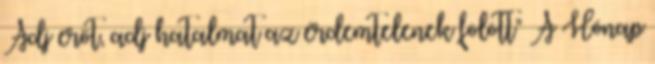
Adj erőt, adj hatalmat az érdemtelenek fölött" A Hónap